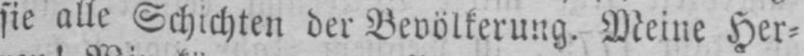
sie alle Schichten der Bevölkerung. Meine Her⸗